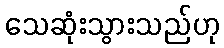
သေဆုံးသွားသည်ဟု